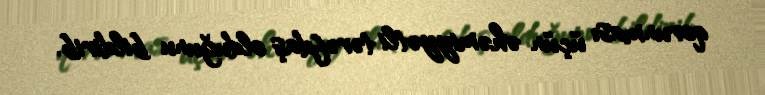
qorunması üçün əhəmiyyətli tərəfdaş olduğunu bildirib.